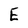
Character: E